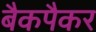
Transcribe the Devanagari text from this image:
बैकपैकर